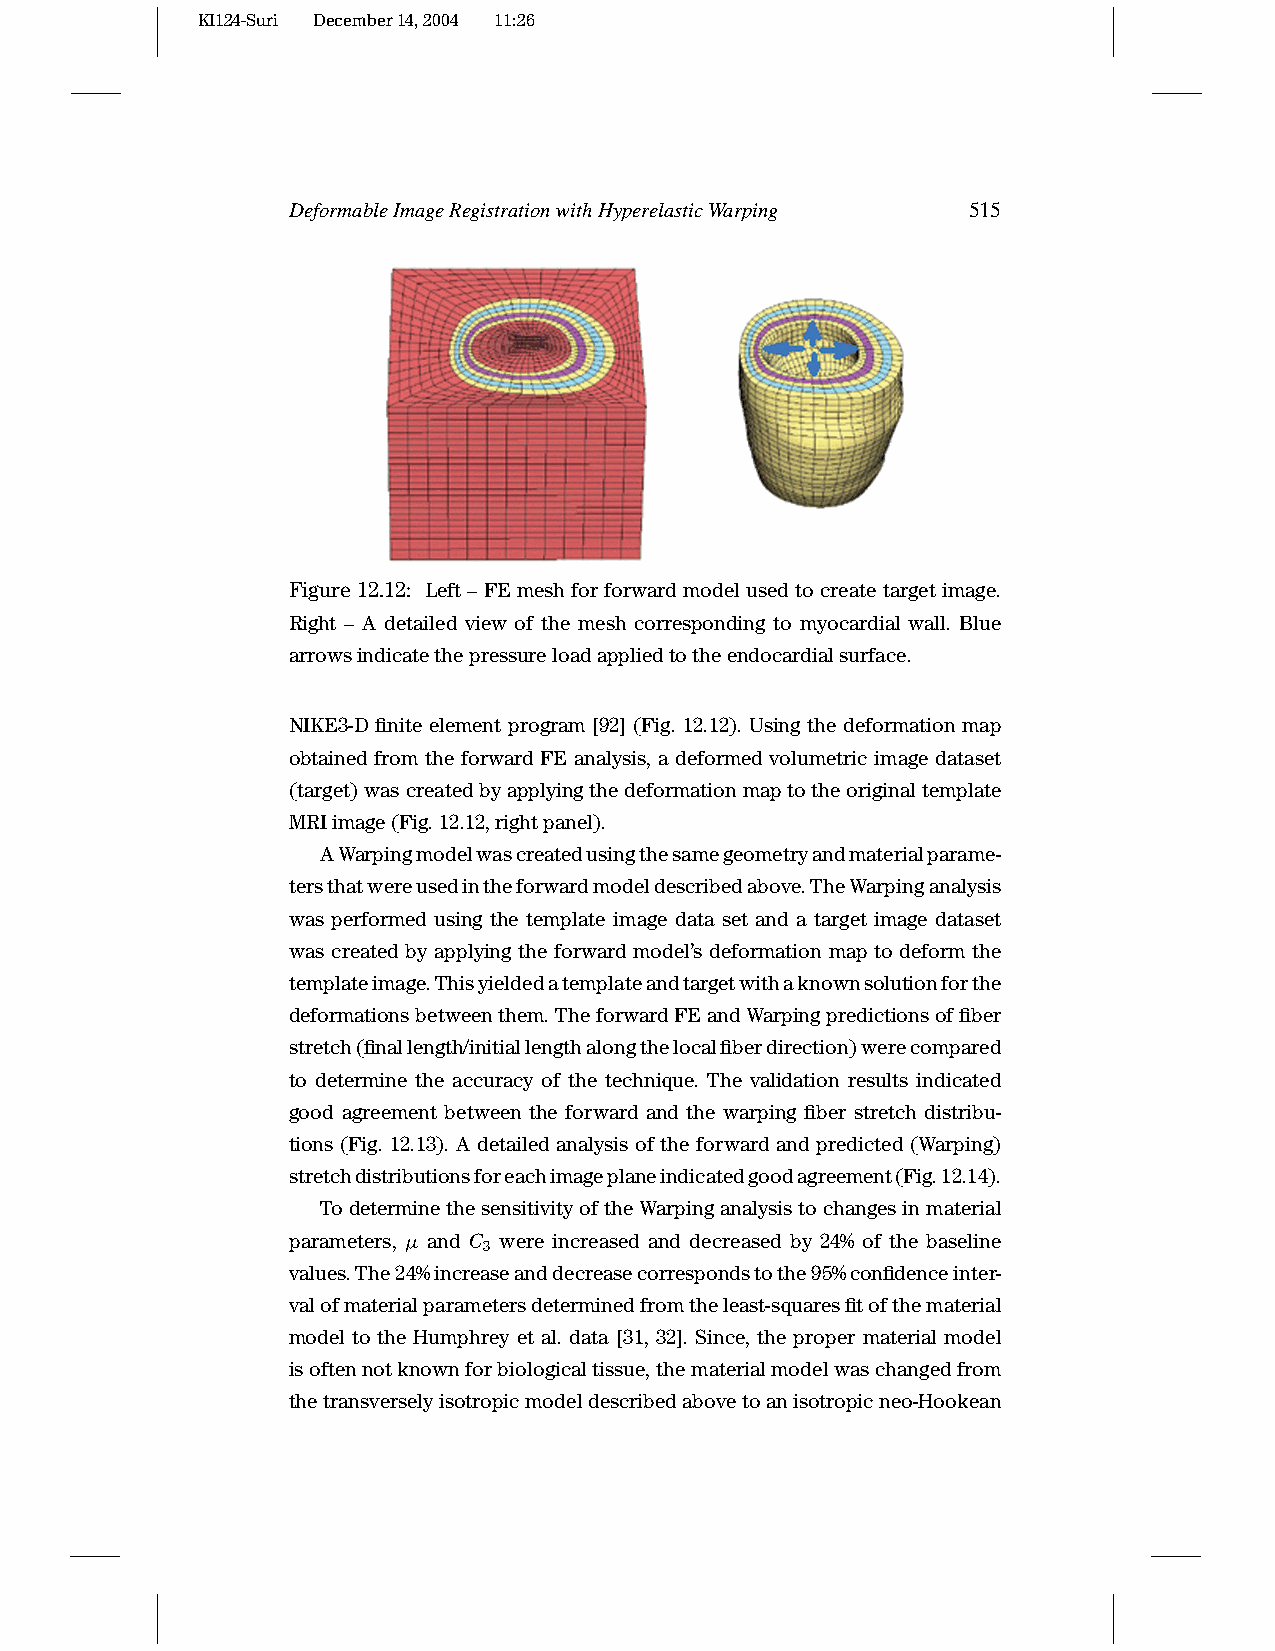
KI124-Suri December14,2004 11:26
 DeformableImageRegistrationwithHyperelasticWarping 515
 Figure 12.12: Left–FEmeshforforwardmodelusedtocreatetargetimage.
 Right – A detailed view of the mesh corresponding to myocardial wall. Blue
 arrowsindicatethepressureloadappliedtotheendocardialsurface.
 NIKE3-D finite element program [92] (Fig. 12.12). Using the deformation map
 obtained from the forward FE analysis, a deformed volumetric image dataset
 (target)wascreatedbyapplyingthedeformationmaptotheoriginaltemplate
 MRIimage(Fig.12.12,rightpanel).
 AWarpingmodelwascreatedusingthesamegeometryandmaterialparame-
 tersthatwereusedintheforwardmodeldescribedabove.TheWarpinganalysis
 was performed using the template image data set and a target image dataset
 was created by applying the forward model’s deformation map to deform the
 templateimage.Thisyieldedatemplateandtargetwithaknownsolutionforthe
 deformationsbetweenthem.TheforwardFEandWarpingpredictionsoffiber
 stretch(finallength/initiallengthalongthelocalfiberdirection)werecompared
 to determine the accuracy of the technique. The validation results indicated
 good agreement between the forward and the warping fiber stretch distribu-
 tions (Fig. 12.13). A detailed analysis of the forward and predicted (Warping)
 stretchdistributionsforeachimageplaneindicatedgoodagreement(Fig.12.14).
 TodeterminethesensitivityoftheWarpinganalysistochangesinmaterial
 parameters, µ and C were increased and decreased by 24% of the baseline
 3
 values.The24%increaseanddecreasecorrespondstothe95%confidenceinter-
 valofmaterialparametersdeterminedfromtheleast-squaresfitofthematerial
 model to the Humphrey et al. data [31, 32]. Since, the proper material model
 isoftennotknownforbiologicaltissue,thematerialmodelwaschangedfrom
 thetransverselyisotropicmodeldescribedabovetoanisotropicneo-Hookean